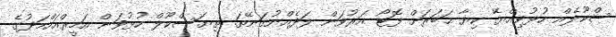
ސްކޫލެއް ހުޅުވިއްޔޭ ކިޔާ ޙަބަރަށް ފޮޓޯ އަރުވަން ލަދެއްނުގަނޭތަ. ތިޔަސްކޫލް ހުޅުވަން އަމީރްއަހްމަދުގެ